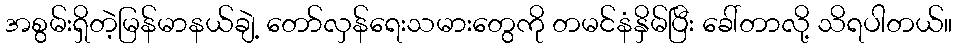
အစွမ်းရှိတဲ့မြန်မာနယ်ချဲ့ တော်လှန်ရေးသမားတွေကို တမင်နံနှိမ်ပြီး ခေါ်တာလို့ သိရပါတယ်။